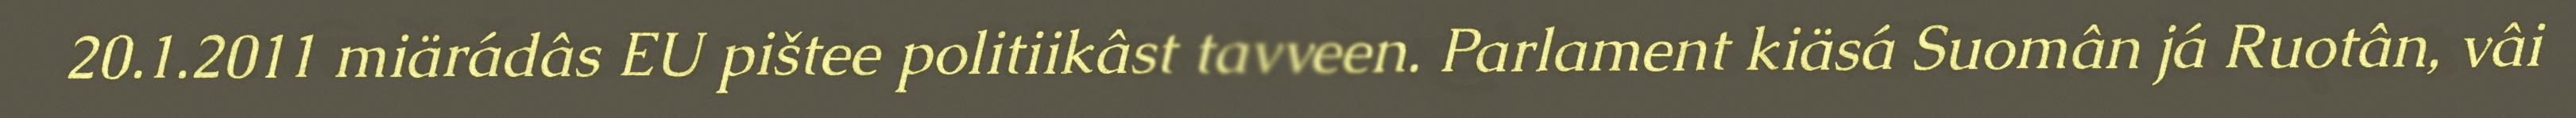
20.1.2011 miärádâs EU pištee politiikâst tavveen. Parlament kiäsá Suomân já Ruotân, vâi